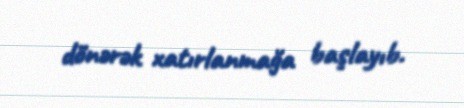
dönərək xatırlanmağa başlayıb.